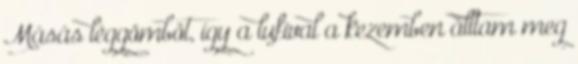
Másás léggömböt, így a lufival a kezemben álltam meg